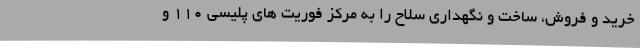
خرید و فروش، ساخت و نگهداری سلاح را به مرکز فوریت های پلیسی ۱۱۰ و